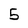
Character: 5